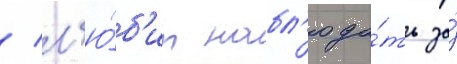
/ л'ю́б'ит набл'юда́ть за́